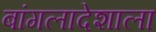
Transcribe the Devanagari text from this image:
बांगलादेशाला